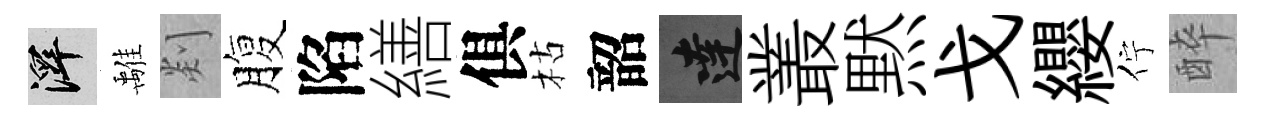
澤𩀌剡腹陷繕俱枯韶達叢黙戈纓佇醉